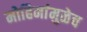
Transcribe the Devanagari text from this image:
मोहिमांमुळेच